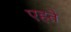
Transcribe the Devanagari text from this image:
एहते